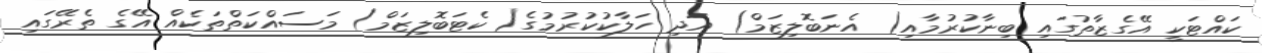
ކައްޓަކީ އޭގެޒާތުގައި ބިނާކުރުމާއި( އެނަބޮލިޒަމް) އަދި ހަލާކުކުރުމުގެ( ކެޓަބޮލިޒަމް) މަސައްކަތްތަކެއް އޭގެ ތެރޭގައި